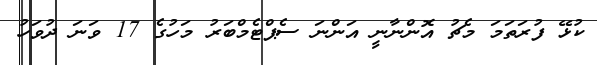
ކުޅޭ ފުރަތަމަ މެޗު އޮންނާނީ އަންނަ ސެޕްޓެމްބަރު މަހުގެ 17 ވަނަ ދުވަހު